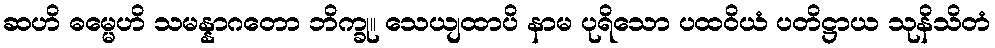
ဆဟိ ဓမ္မေဟိ သမန္နာဂတော ဘိက္ခု။ သေယျထာပိ နာမ ပုရိသော ပထဝိယံ ပတိဋ္ဌာယ သုနိသိတံ